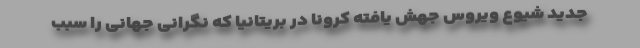
جدید شیوع ویروس جهش یافته کرونا در بریتانیا که نگرانی جهانی را سبب